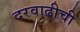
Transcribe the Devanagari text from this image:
दरवाढीची